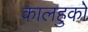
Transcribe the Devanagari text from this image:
कालहुको